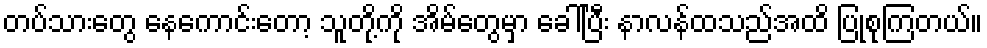
တပ်သားတွေ နေကောင်းတော့ သူတို့ကို အိမ်တွေမှာ ခေါ်ပြီး နာလန်ထသည်အထိ ပြုစုကြတယ်။